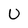
Character: U